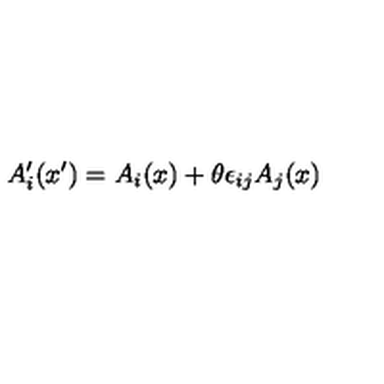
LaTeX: A _ { i } ^ { \prime } ( x ^ { \prime } ) = A _ { i } ( x ) + \theta \epsilon _ { i j } A _ { j } ( x )